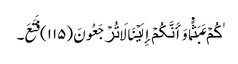
ٰکُمۡ عَبَثً۬ا وَأَنَّکُمۡ إِلَیۡنَا لَا تُرۡجَعُونَ (١١٥) فَتَعَ۔